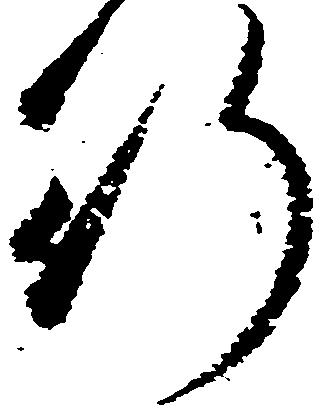
行